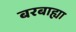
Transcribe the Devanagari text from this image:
बरबाह्या